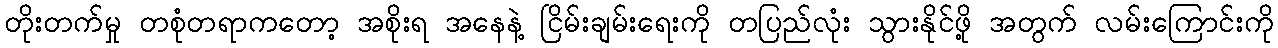
တိုးတက်မှု တစုံတရာကတော့ အစိုးရ အနေနဲ့ ငြိမ်းချမ်းရေးကို တပြည်လုံး သွားနိုင်ဖို့ အတွက် လမ်းကြောင်းကို